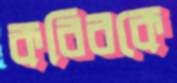
কবিরকে